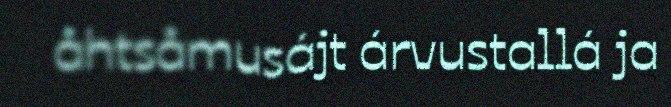
åhtsåmusájt árvustallá ja